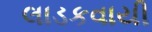
લાડકવાયી